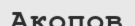
Акопов